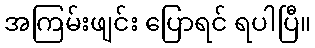
အကြမ်းဖျင်း ပြောရင် ရပါပြီ။